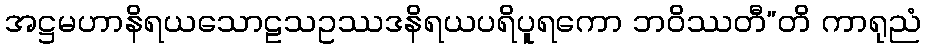
အဋ္ဌမဟာနိရယသောဠသဥဿဒနိရယပရိပူရကော ဘဝိဿတီ”တိ ကာရုညံ